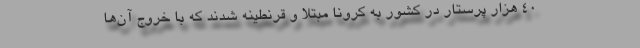
۴۰ هزار پرستار در کشور به کرونا مبتلا و قرنطینه شدند که با خروج آن‌ها